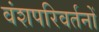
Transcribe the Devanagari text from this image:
वंशपरिवर्तनों